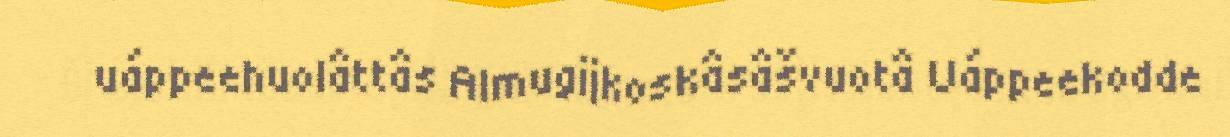
uáppeehuolâttâs Almugijkoskâsâšvuotâ Uáppeekodde